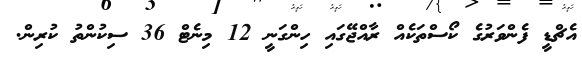
އެޗްޑީ ފެންވަރުގެ ކޯސްތަކެއް ރާއްޖޭގައި ހިންގަނީ 12 މިނެޓް 36 ސިކުންތު ކުރިން.